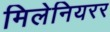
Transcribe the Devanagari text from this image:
मिलेनियरर